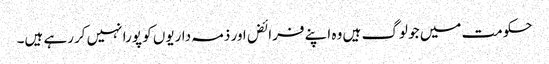
حکومت میں جو لوگ ہیں وہ اپنے فرائض اور ذمہ داریوں کو پورا نہیں کررہے ہیں۔